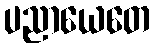
ပညာယေတေ